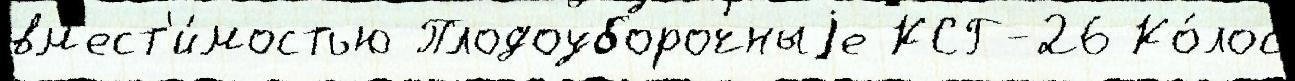
вм'ест'и́мостью Плодоуборочныjе КСГ-26 Ко́лос